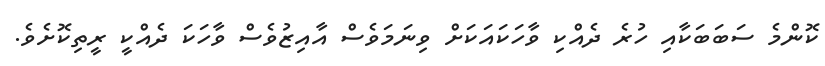
ކޮންމެ ސަބަބަކާއި ހުރެ ދެއްކި ވާހަކައަކަށް ވިނަމަވެސް އާއިޒުވެސް ވާހަކަ ދެއްކީ ރީތިކޮށެވެ.